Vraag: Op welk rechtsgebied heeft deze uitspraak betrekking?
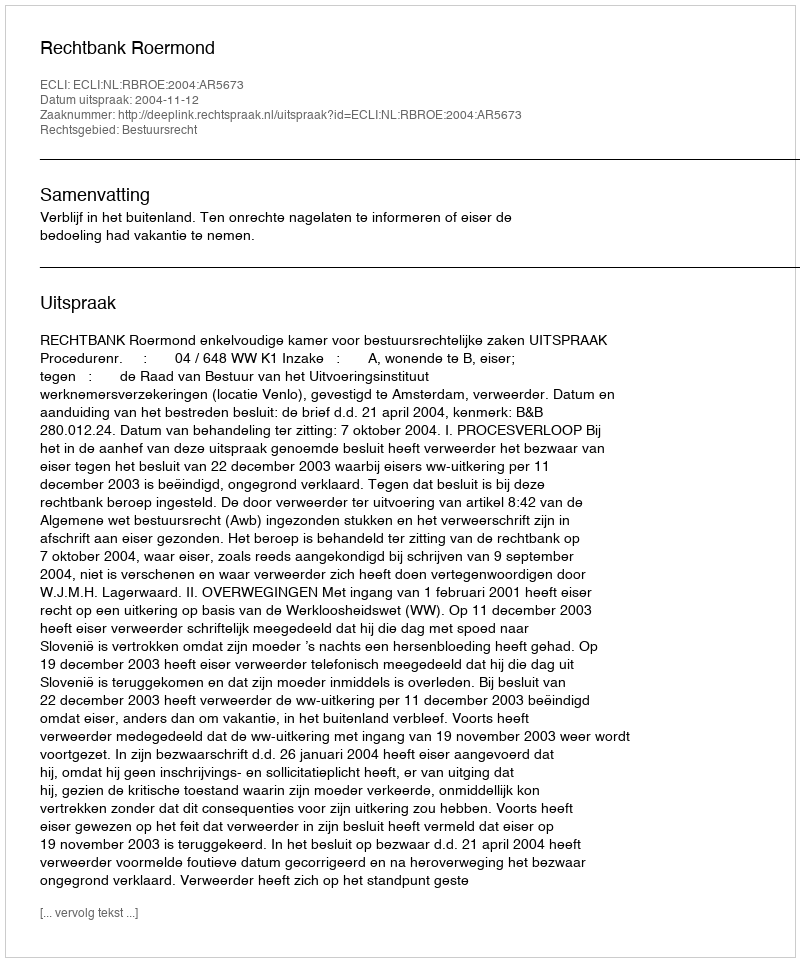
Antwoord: Bestuursrecht